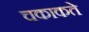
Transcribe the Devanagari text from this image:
चकाकते